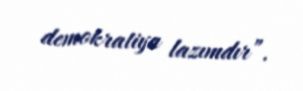
demokratiya lazımdır”.